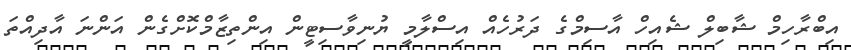
އިބްރާހިމް ޝާބިލް ޝެއިހް އާސިމްގެ ދަރުހެއް އިސްލާމީ ޔުނިވާސިޓީން އިންތިޒާމްކޮށްގެން އަންނަ އާދިއްތަ